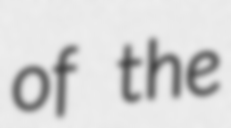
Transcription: of the